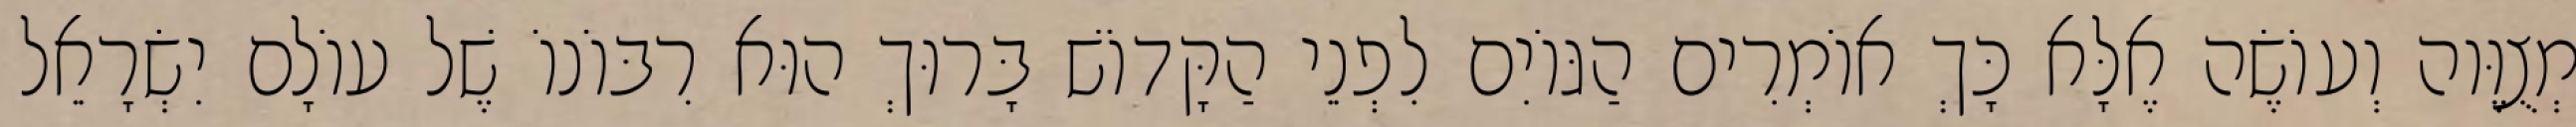
מְצֻוֶּוה וְעוֹשֶׂה אֶלָּא כָּךְ אוֹמְרִים הַגּוֹיִם לִפְנֵי הַקָּדוֹשׁ בָּרוּךְ הוּא רִבּוֹנוֹ שֶׁל עוֹלָם יִשְׂרָאֵל